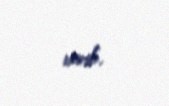
verib.